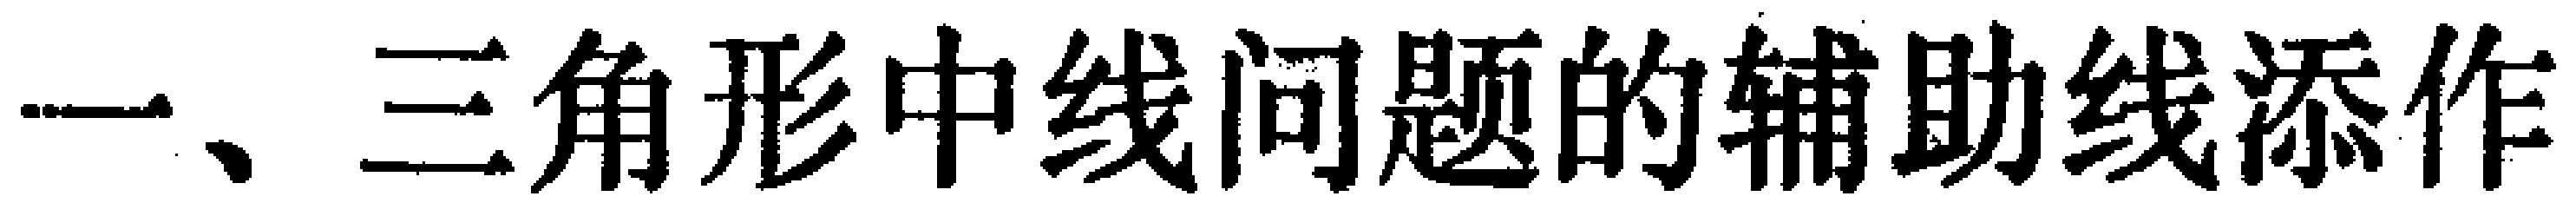
一、三角形中线问题的辅助线添作